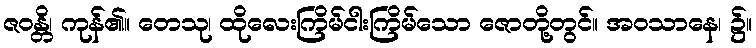
ဇဝန္တိ၊ ကုန်၏။ တေသု၊ ထိုလေးကြိမ်ငါးကြိမ်သော ဇောတို့တွင်။ အဝသာနေ၊ ၌။